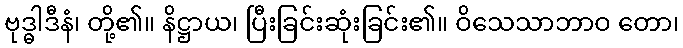
ဗုဒ္ဓါဒီနံ၊ တို့၏။ နိဋ္ဌာယ၊ ပြီးခြင်းဆုံးခြင်း၏။ ဝိသေသာဘာဝ တော၊